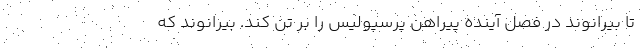
تا بیرانوند در فصل آینده پیراهن پرسپولیس را بر تن کند. بیرانوند که